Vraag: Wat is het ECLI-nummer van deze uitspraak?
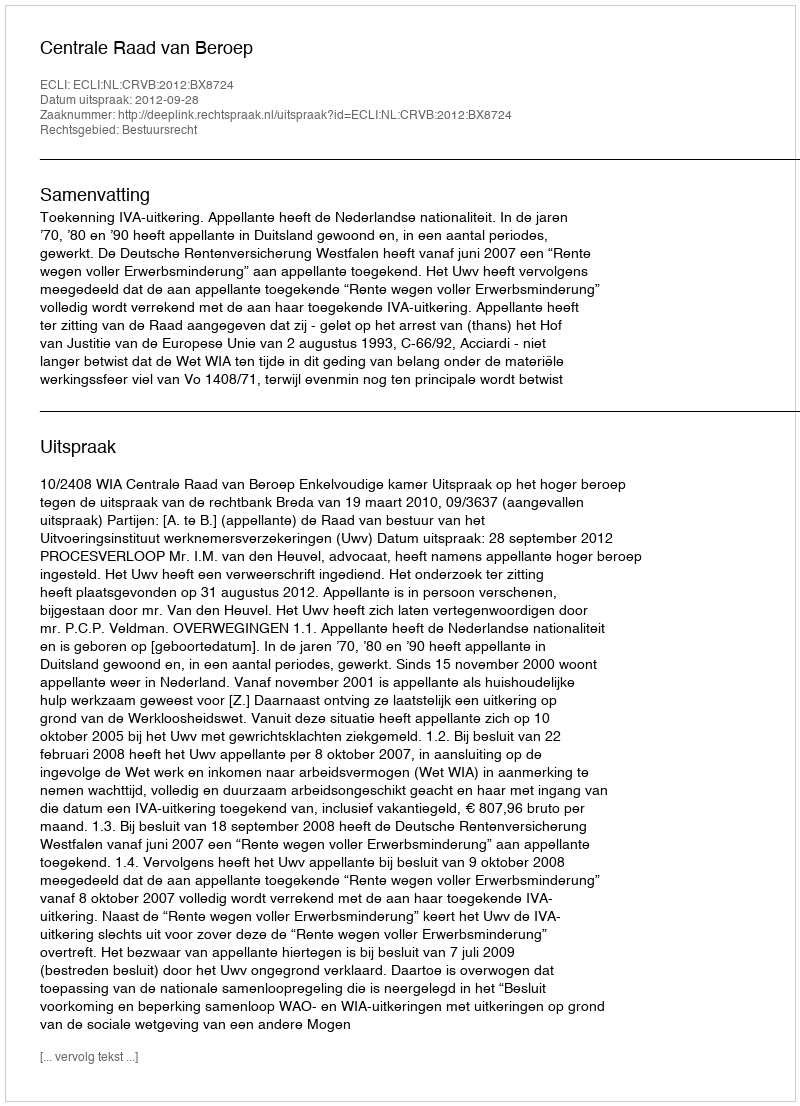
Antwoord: ECLI:NL:CRVB:2012:BX8724